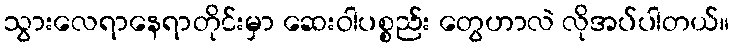
သွားလေရာနေရာတိုင်းမှာ ဆေးဝါပစ္စည်း တွေဟာလဲ လိုအပ်ပါတယ်။